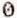
0